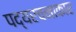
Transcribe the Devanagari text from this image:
पद्यरचनाकार